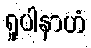
ရူပါနာဟံ